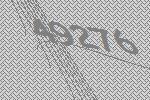
49276